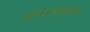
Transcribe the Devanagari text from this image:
असजगता